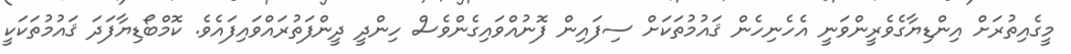
މީގެއިތުރަށް އިންޑިޔާގެވެރީންވަނީ އެހެނިހެން ޤައުމުތަކަށް ސިފައިން ފޮނުއްވައިގެންވެސް ހިންދީ ދީންފަތުރައްވައިފައެވެ. ކޮމްބޯޑިޔާފަދަ ޤައުމުތަކަކީ